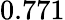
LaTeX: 0.771